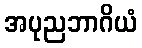
အပုညဘာဂိယံ